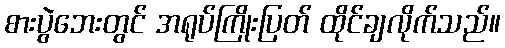
စားပွဲဘေးတွင် အရုပ်ကြိုးပြတ် ထိုင်ချလိုက်သည်။